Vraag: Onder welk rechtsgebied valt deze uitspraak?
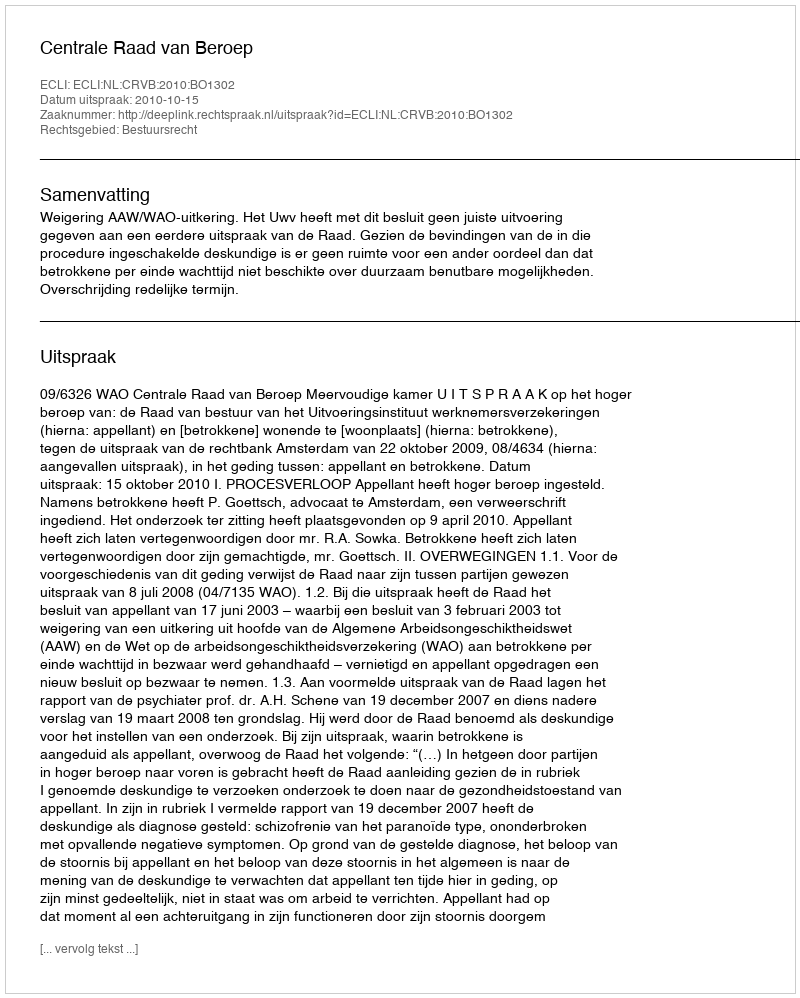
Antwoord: Bestuursrecht